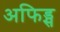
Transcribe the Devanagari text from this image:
अफिड्स